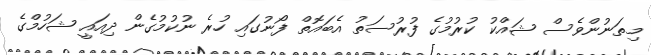
މިތަނުންވެސް ޝައްކު ކުރުމުގެ ފުރުސަތު އެބައޮތް ފޯނުގައި ހުރެ ނުކުމުގެން ދިއައީ ޝަހުމްގެ